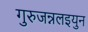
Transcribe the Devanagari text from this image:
गुरुजन्नलइयुन